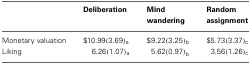
<table><thead><tr><td></td><td><b>Deliberation</b></td><td><b>Mind wandering</b></td><td><b>Random assignment</b></td></tr></thead><tbody><tr><td>Monetary valuation</td><td>$10.99 (3.69)<sub>a</sub></td><td>$9.22 (3.25)<sub>b</sub></td><td>$5.73 (3.37)<sub>c</sub></td></tr><tr><td>Liking</td><td>6.26 (1.07)<sub>a</sub></td><td>5.62 (0.97)<sub>b</sub></td><td>3.56 (1.26)<sub>c</sub></td></tr></tbody></table>